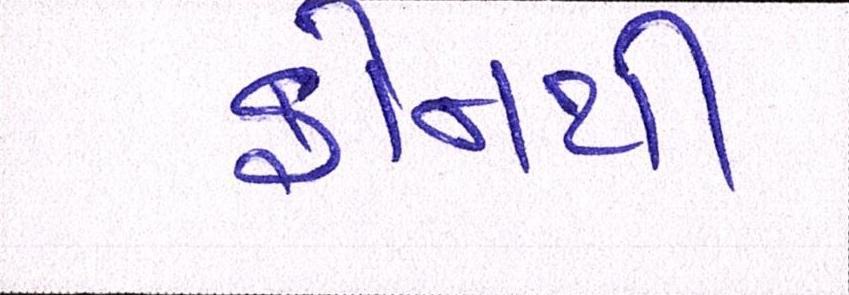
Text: ફોનથી